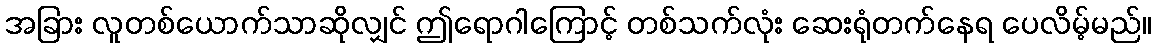
အခြား လူတစ်ယောက်သာဆိုလျှင် ဤရောဂါကြောင့် တစ်သက်လုံး ဆေးရုံတက်နေရ ပေလိမ့်မည်။